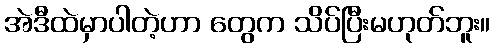
အဲဒီထဲမှာပါတဲ့ဟာ တွေက သိပ်ပြီးမဟုတ်ဘူး။